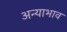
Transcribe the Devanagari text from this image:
अन्याभाव